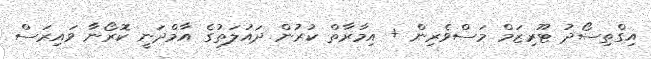
އިގްތިސޯދު ޓޫރިޒަމް މަސްވެރިން + އިމާރާތް ކުރުން ދައުލަތުގެ އާމްދަނީ ކޮރޯނާ ވައިރަސް